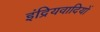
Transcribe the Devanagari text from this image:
इंद्रियवादियों